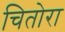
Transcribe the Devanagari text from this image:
चितोरा